system: You are a helpful assistant.
user:
Analyze the provided spectrum to determine if it is a **White Dwarf (WD)**.

A White Dwarf spectrum is defined by its **extreme purity** (due to gravitational settling) and/or **extreme pressure broadening** (due to high surface gravity). You must check for one of the following mutually exclusive signatures:

- **Key Visual Indicators (Check for ONE of these types):**

    - **1. DA-Type Signature (Most Common):**
        - **(Primary Feature):** Extreme pressure broadening (Stark broadening) of the **Hydrogen (H) Balmer lines**.
        - **(Key Lines):** $H\beta$ (approx. $4861$ Å) and $H\gamma$ (approx. $4340$ Å). $H\alpha$ (approx. $6563$ Å) will also be present if the wavelength range covers it.
        - **(Line Profile):** This is the **defining feature**. The lines are **NOT** sharp. They appear as massive, **extremely broad and deep "troughs" or "dips"** in the spectrum, often hundreds of Ångströms wide. The continuum will appear to "scoop" down at these wavelengths.
        - **(Distinction):** Normal A-type or B-type stars have *narrow* and *sharp* Hydrogen lines. A DA White Dwarf's lines are unmistakably "smeared" or "blurry" from pressure.

    - **2. DB-Type Signature:**
        - **(Primary Feature):** Broad absorption lines from **Neutral Helium (He I)**. The spectrum must lack any visible Hydrogen lines.
        - **(Key Lines):** Look for broad absorption near $4471$ Å, $4921$ Å, and $5876$ Å.
        - **(Line Profile):** These lines are also significantly pressure-broadened, appearing much wider than they would in a normal B-type main-sequence star.

    - **3. DC-Type Signature:**
        - **(Primary Feature):** A **featureless continuous spectrum**.
        - **(Line Profile):** The spectrum is a smooth curve with **no significant absorption or emission lines**.
        - **(Key Confirmation):** The continuum is almost always **blue or white**, indicating a hot object. This signature implies the atmosphere is so pure (or so cool) that no spectral lines are visible in the optical range. Its WD identity is confirmed by its extremely low intrinsic brightness (high absolute magnitude).

    - **4. DZ-Type Signature (Metal-Polluted):**
        - **(Primary Feature):** **Isolated, narrow metal absorption lines** on an otherwise featureless (DC-like) continuum.
        - **(Key Lines):** The **Calcium (Ca II) H & K doublet** (approx. **$3934$ Å** and **$3968$ Å**) is the most common and defining feature.
        - **(Line Profile):** These lines are "out of place." They are *not* part of a "forest" of thousands of lines. This signature is evidence of recent *accretion* (pollution) from rocky debris.
        - **(Distinction):** Normal G/K/M stars have a *dense forest* of thousands of metal lines. A DZ has a *clean* continuum with *only a few* strong metal lines.

    - **5. DQ-Type Signature (Carbon-Polluted):**
        - **(Primary Feature):** Absorption bands from **Carbon (C₂ "Swan Bands" or atomic C I)**.
        - **(Key Lines - C₂):** Look for bandheads with a "saw-tooth" shape near $5635$ Å, **$5165$ Å** (strongest), and $4737$ Å.
        - **(Key Confirmation):** The underlying **continuum must be blue or white** (hot).
        - **(Distinction):** This is the critical difference from a **Carbon Star**, which has the *exact same* C₂ bands but on an extremely **red, cool** continuum.

- **(Overall Spectrum):**
    - The continuum (overall shape) is typically **blue-sloping** (brighter in the blue than the red), as most white dwarfs are very hot.
    - The spectrum will look "pure" or "simple," dominated by only *one* of the five signatures listed above.

Think first, call **spectral_visualization_tool** if needed to examine features in detail, then provide your final answer. Your response must adhere to the following strict rules:
1.  **Overall Structure:** Your response must follow the format `<think>...</think> <tool_call>...</tool_call> (if a tool is used) <answer>...</answer>`.
2.  **Tool Usage Constraint:** You may only make **one** tool call per turn.
3.  **Final Answer Format:** In the `<answer>` tag, your conclusion must be inside a `\boxed{}` command (e.g., `\boxed{YES}` or `\boxed{NO}`), followed by your justification.

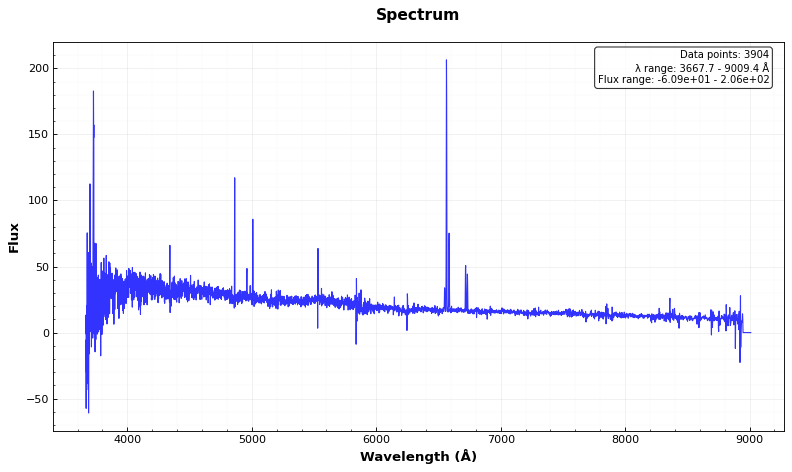
Answer: NO